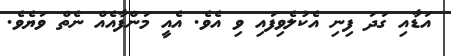
އަޑާއި ގަދަ ފިނި އެކުލެވިފައި ވި އެވެ. އެއީ މަންފާއެއް ނެތް ވަޔެވެ.